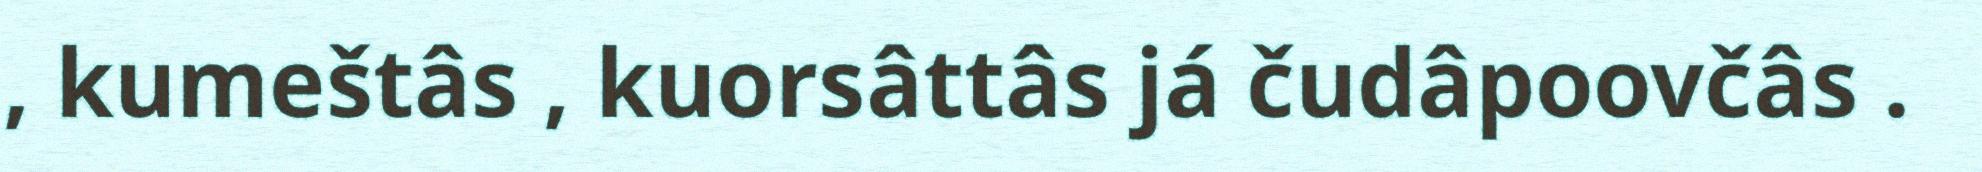
, kumeštâs , kuorsâttâs já čudâpoovčâs .